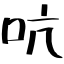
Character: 吭